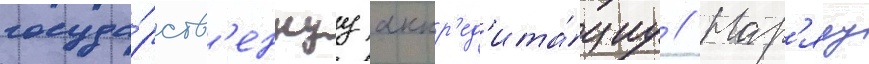
госуда́рств'еннуу аккр'ед'ита́циу // Нар'яду